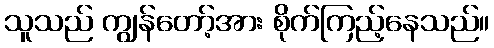
သူသည် ကျွန်တော့်အား စိုက်ကြည့်နေသည်။